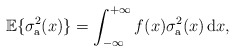
\begin{align*}\mathbb{E}\{\sigma_{\rm a}^2(x)\}=\int_{-\infty}^{+\infty}f(x) \sigma_{\rm a}^2(x)\, \mathrm{d}x,\end{align*}